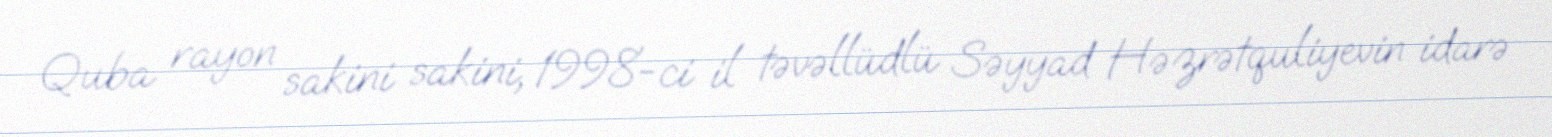
Quba rayon sakini sakini, 1998-ci il təvəllüdlü Səyyad Həzrətquliyevin idarə